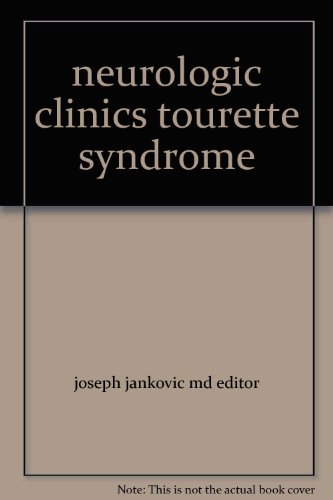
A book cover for neurologic clinics tourette syndrome; joseph jankovic md editor; Health, Fitness & Dieting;